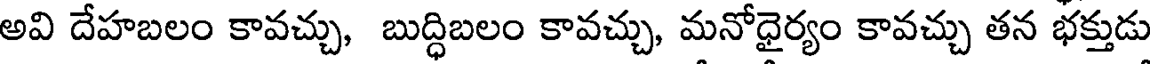
అవి దేహబలం కావచ్చు, బుద్ధిబలం కావచ్చు, మనోధైర్యం కావచ్చు తన భక్తుడు